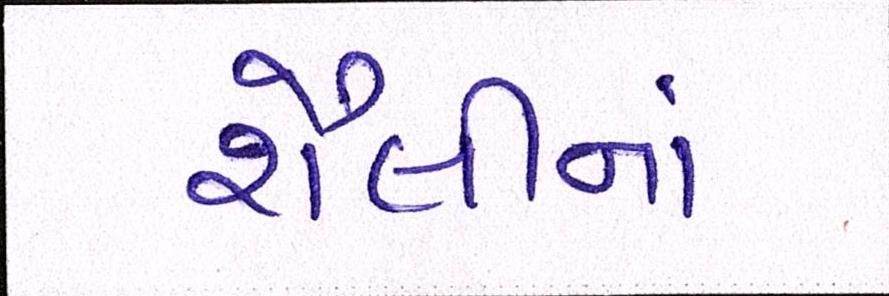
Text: શૈલીનાં